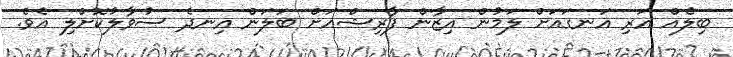
ބިލެއް އަރި އަނގައަށް ލަމުން އިޒާން ފާރިޝްއަށް ބަލަން އިނދެ ސުވާލުކޮށްލި އެވެ.